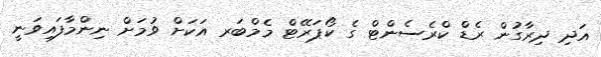
އަދި ދިރާގުން ރެޑް ކްރެސެންޓް ގެ ކޯޕަރޭޓް މެމްބަރ އަކަށް ވުމަށް ނިންމާފައިވަނީ